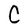
Character: C